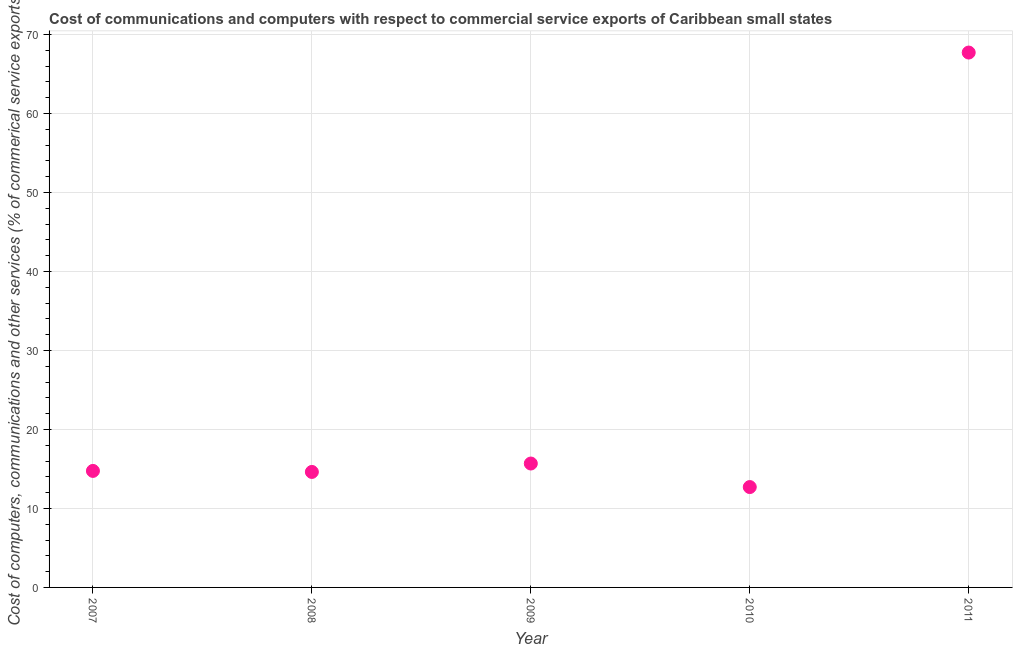
| Year | Computer |
 | --- | --- |
 | 2007 | 14.7 |
 | 2008 | 14.6 |
 | 2009 | 15.7 |
 | 2010 | 12.7 |
 | 2011 | 67.7 |